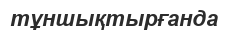
тұншықтырғанда